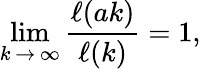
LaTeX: \operatorname*{lim}_{k\, \rightarrow\, \infty}\frac{\ell(ak)}{\ell(k)}=1,